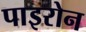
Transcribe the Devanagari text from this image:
पाइरोन